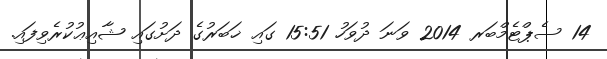
14 ސެޕްޓެމްބަރ 2014 ވަނަ ދުވަހު 15:51 ގައި ޚަބަރުގެ ދަށުގައި ޝާއިޢުކުރެވިފައި.